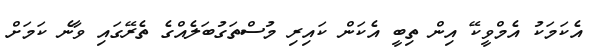
އެކަމަކު އެމްވީކޭ އިން ތިބީ އެކަން ކައިރި މުސްތަގުބަލެއްގެ ތެރޭގައި ވާނެ ކަމަށް